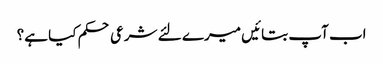
اب آپ بتائیں میرے لئے شرعی حکم کیا ہے؟